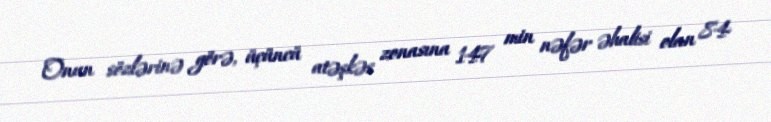
Onun sözlərinə görə, üçüncü atəşkəs zonasına 147 min nəfər əhalisi olan 84